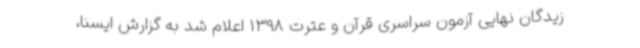
زیدگان نهایی آزمون سراسری قرآن و عترت 1398 اعلام شد به گزارش ایسنا،